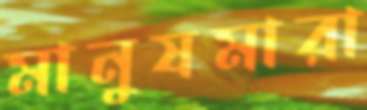
মানুষমারা